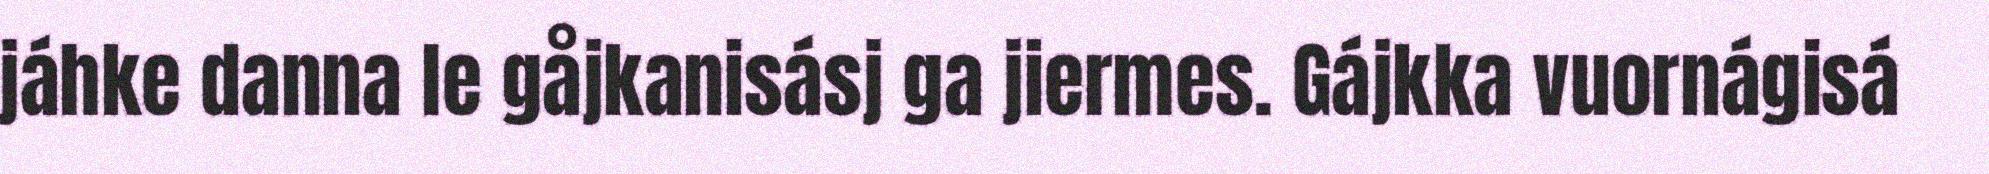
jáhke danna le gåjkanisásj ga jiermes. Gájkka vuornágisá